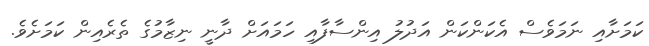
ކަމަށާއި ނަމަވެސް އެކަންކަން އަދުލު އިންސާފާއި ހަމައަށް ދާނީ ނިޒާމުގެ ތެރެއިން ކަމަށެވެ.